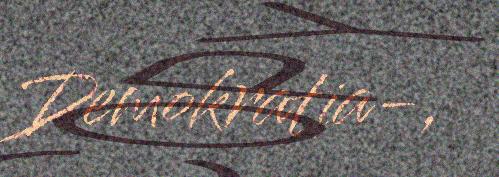
Demokratia-,